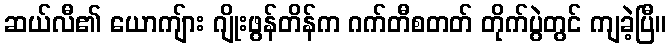
ဆယ်လီ၏ ယောကျ်ား ဂျိုးဖွန်တိန်က ဂက်တီစတတ် တိုက်ပွဲတွင် ကျခဲ့ပြီ။